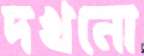
দখনো